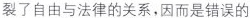
裂了自由与法律的关系，因而是错误的